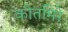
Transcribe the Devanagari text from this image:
कोतमिरे